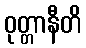
ဝုတ္တာနီတိ